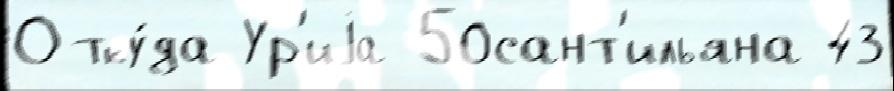
Отку́да Ур'иjа 50сант'ильяна 43